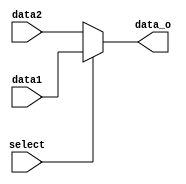
module MUX5b(
 	input [4:0] data1,//value1
 	input [4:0] data2,//value2
 	input select,//control
 	output [4:0] data_o//output
);
assign data_o=(select)?data1:data2;//if select is 1,output is data1.if select is 0,output is data2.


endmodule